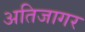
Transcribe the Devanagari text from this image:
अतिजागर